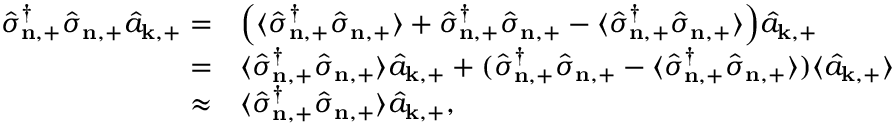
\begin{array} { r l } { \hat { \sigma } _ { \mathbf { n } , + } ^ { \dagger } \hat { \sigma } _ { \mathbf { n } , + } \hat { a } _ { \mathbf { k } , + } = } & { \Big ( \langle \hat { \sigma } _ { \mathbf { n } , + } ^ { \dagger } \hat { \sigma } _ { \mathbf { n } , + } \rangle + \hat { \sigma } _ { \mathbf { n } , + } ^ { \dagger } \hat { \sigma } _ { \mathbf { n } , + } - \langle \hat { \sigma } _ { \mathbf { n } , + } ^ { \dagger } \hat { \sigma } _ { \mathbf { n } , + } \rangle \Big ) \hat { a } _ { \mathbf { k } , + } } \\ { = } & { \langle \hat { \sigma } _ { \mathbf { n } , + } ^ { \dagger } \hat { \sigma } _ { \mathbf { n } , + } \rangle \hat { a } _ { \mathbf { k } , + } + ( \hat { \sigma } _ { \mathbf { n } , + } ^ { \dagger } \hat { \sigma } _ { \mathbf { n } , + } - \langle \hat { \sigma } _ { \mathbf { n } , + } ^ { \dagger } \hat { \sigma } _ { \mathbf { n } , + } \rangle ) \langle \hat { a } _ { \mathbf { k } , + } \rangle } \\ { \approx } & { \langle \hat { \sigma } _ { \mathbf { n } , + } ^ { \dagger } \hat { \sigma } _ { \mathbf { n } , + } \rangle \hat { a } _ { \mathbf { k } , + } , } \end{array}